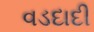
વડદાદી